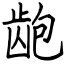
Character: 龅